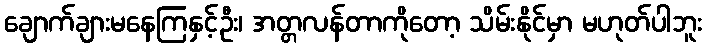
ချောက်ချားမနေကြနှင့်ဦး၊ အတ္တလန်တာကိုတော့ သိမ်းနိုင်မှာ မဟုတ်ပါဘူး